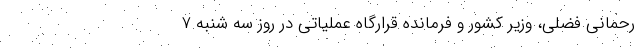
رحمانی فضلی، وزیر کشور و فرمانده قرارگاه عملیاتی در روز سه شنبه ۷